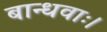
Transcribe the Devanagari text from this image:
बान्धवाः।